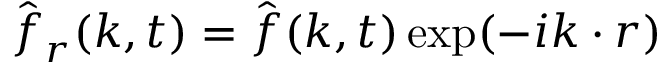
\hat { \boldsymbol f } _ { r } ( \boldsymbol k , t ) = \hat { \boldsymbol f } ( \boldsymbol k , t ) \exp ( - i \boldsymbol k \cdot \boldsymbol r )